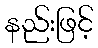
နည်းဖြင့်